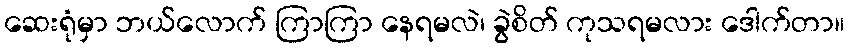
ဆေးရုံမှာ ဘယ်လောက် ကြာကြာ နေရမလဲ၊ ခွဲစိတ် ကုသရမလား ဒေါက်တာ။